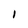
Character: I